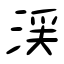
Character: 渓